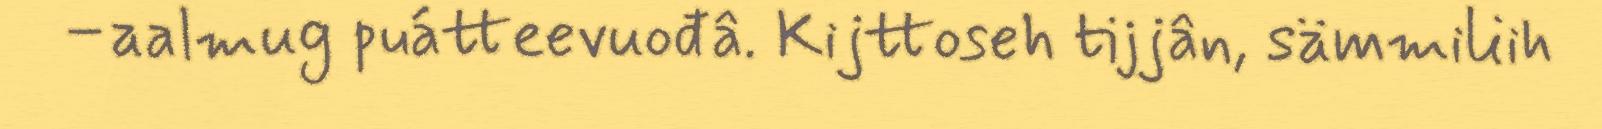
–aalmug puátteevuođâ. Kijttoseh tijjân, sämmiliih